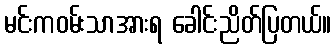
မင်းကဝမ်းသာအားရ ခေါင်းညိတ်ပြတယ်။